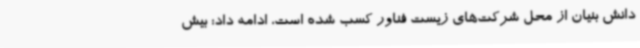
دانش بنیان از محل شرکت‌های زیست فناور کسب شده است، ادامه داد: بیش